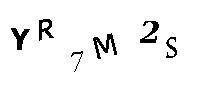
YR7M2S